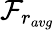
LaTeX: \mathcal{F}_{r_{avg}}